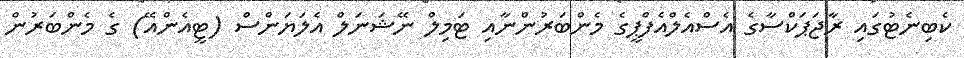
ކެބިނެޓުގައި ރާޖަޕަކްސާގެ އެސްއެލްއެފްޕީގެ މެންބަރުންނާއި ޓަމިލް ނޭޝަނަލް އެލަޔަންސް (ޓީއެންއޭ) ގެ މެންބަރުން